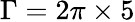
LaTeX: \Gamma=2\pi\times 5